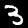
Digit: 3